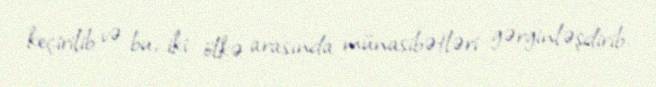
keçirilib və bu, iki ölkə arasında münasibətləri gərginləşdirib.